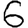
Digit: 6